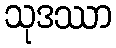
သုဒဿာ